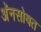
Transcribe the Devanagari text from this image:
अॅनसोबत